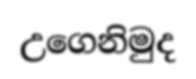
උගෙනිමුද